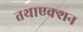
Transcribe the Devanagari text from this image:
तथाएक्शन